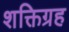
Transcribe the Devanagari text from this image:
शक्तिग्रह